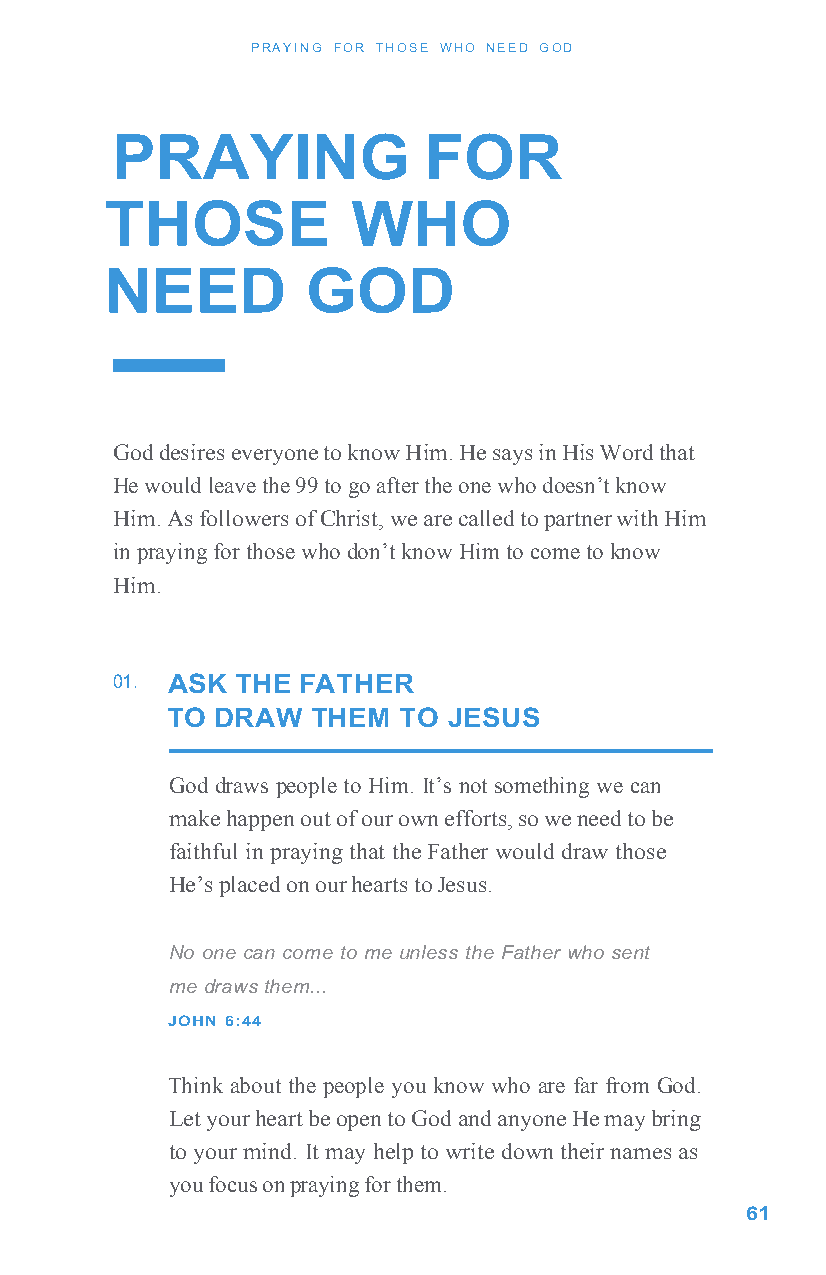
P RAYING FOR THOSE WHO NEED G OD
 PRAYING              FOR
 THOSE           WHO
 NEED         GOD
 God desires everyone to know Him. He says in His Word that
 He would leave the 99 to go after the one who doesn’t know
 Him. As followers of Christ, we are called to partner with Him
 in praying for those who don’t know Him to come to know
 Him.
 01. ASK  THE FATHER
 TO DRAW   THEM TO  JESUS
 God draws people to Him. It’s not something we can
 make happen out of our own efforts, so we need to be
 faithful in praying that the Father would draw those
 He’s placed on our hearts to Jesus.
 No one can come to me unless the Father who sent
 me draws them...
 JOHN 6:44
 Think about the people you know who are far from God.
 Let your heart be open to God and anyone He may bring
 to your mind. It may help to write down their names as
 you focus on praying for them.
 61